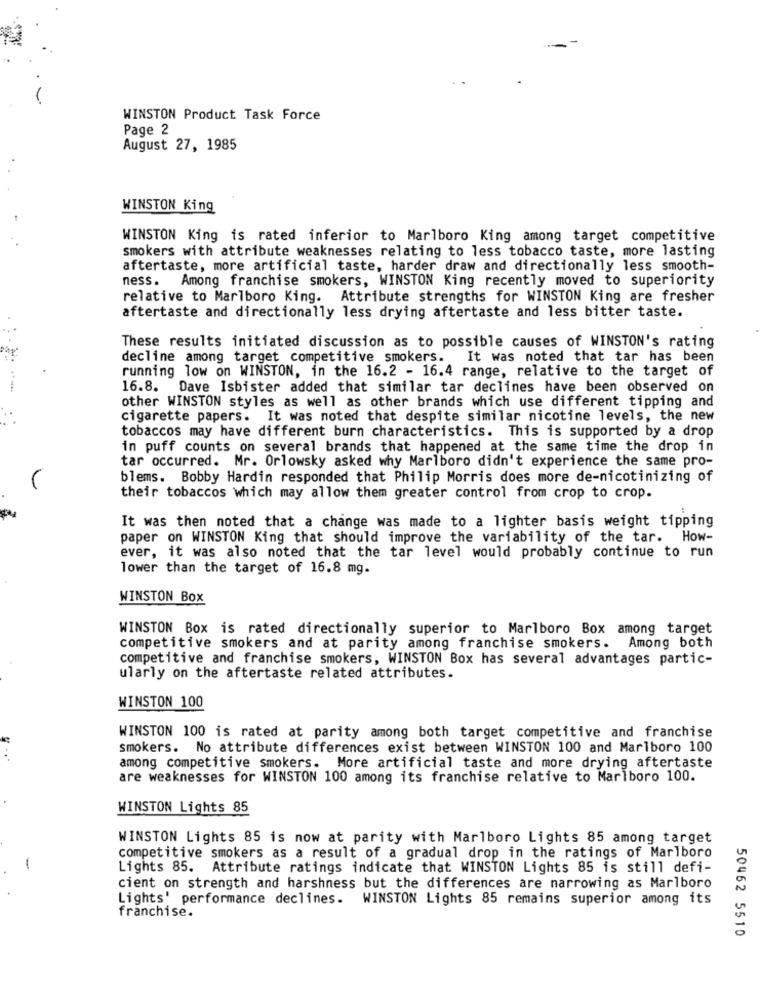
WINSTON Product Task Force
Page 2
August 27, 1985
WINSTON King
WINSTON King is rated inferior to Marlboro King among target competitive
smokers with attribute weaknesses relating to less tobacco taste, more lasting
aftertaste, more artificial taste, harder draw and directionally less smooth-
ness. Among franchise smokers, WINSTON King recently moved to superiority
relative to Marlboro King. Attribute strengths for WINSTON King are fresher
aftertaste and directionally less drying aftertaste and less bitter taste.
These results initiated discussion as to possible causes of WINSTON's rating
decline among target competitive smokers. It was noted that tar has been
running low on WINSTON, in the 16.2 - 16.4 range, relative to the target of
16.8. Dave Isbister added that similar tar declines have been observed on
other WINSTON styles as well as other brands which use different tipping and
cigarette papers. It was noted that despite similar nicotine levels, the new
tobaccos may have different burn characteristics. This is supported by a drop
in puff counts on several brands that happened at the same time the drop in
tar occurred. Mr. Orlowsky asked why Marlboro didn't experience the same pro-
blems. Bobby Hardin responded that Philip Morris does more de-nicotinizing of
their tobaccos which may allow them greater control from crop to crop.
It was then noted that a change was made to a lighter basis weight tipping
paper on WINSTON King that should improve the variability of the tar. How-
ever, it was also noted that the tar level would probably continue to run
lower than the target of 16.8 mg.
WINSTON Box
WINSTON Box is rated directionally superior to Marlboro Box among target
competitive smokers and at parity among franchise smokers. Among both
competitive and franchise smokers, WINSTON Box has several advantages partic-
ularly on the aftertaste related attributes.
WINSTON 100
WINSTON 100 is rated at parity among both target competitive and franchise
smokers. No attribute differences exist between WINSTON 100 and Marlboro 100
among competitive smokers. More artificial taste and more drying aftertaste
are weaknesses for WINSTON 100 among its franchise relative to Marlboro 100.
WINSTON Lights 85
WINSTON Lights 85 is now at parity with Marlboro Lights 85 among target
competitive smokers as a result of a gradual drop in the ratings of Marlboro
-
Lights 85. Attribute ratings indicate that WINSTON Lights 85 is still defi-
cient on strength and harshness but the differences are narrowing as Marlboro
Lights' performance declines.
WINSTON Lights 85 remains superior among its
franchise.
50462 5510